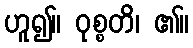
ဟူ၍။ ဝုစ္စတိ၊ ၏။